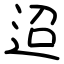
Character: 迢